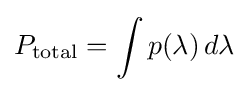
P_{\text{total}}=\int p(\lambda )\,d\lambda